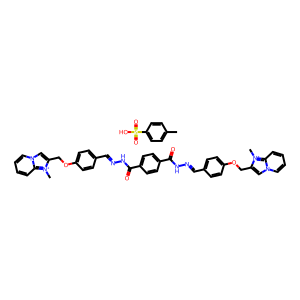
SMILES: C[n+]1c(COc2ccc(C=NNC(=O)c3ccc(C(=O)NN=Cc4ccc(OCc5cn6ccccc6[n+]5C)cc4)cc3)cc2)cn2ccccc21.Cc1ccc(S(=O)(=O)O)cc1
Inhibits HIV replication: Yes